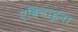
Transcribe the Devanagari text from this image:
एविचाइना